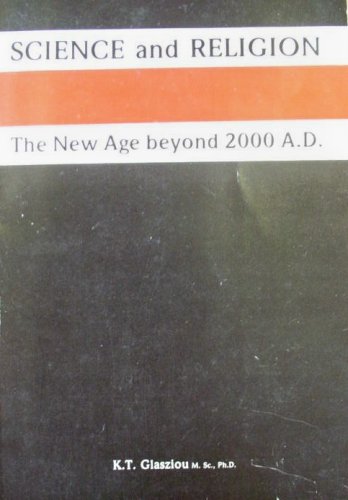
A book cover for Science and Religion: The New Age Beyond 2000 A.D.; K. T. Glasziou; Religion & Spirituality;